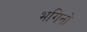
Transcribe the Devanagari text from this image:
भगिनो